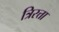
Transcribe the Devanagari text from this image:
त्रिरत्ता